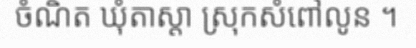
ចំណិត ឃុំតាស្តា ស្រុកសំពៅលូន ។